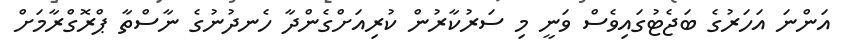
އަންނަ އަހަރުގެ ބަޖެޓުގައިވެސް ވަނީ މި ސަރުކާރުން ކުރިއަށްގެންދާ ހެނދުނުގެ ނާސްތާ ޕްރޮގްރާމަށް